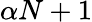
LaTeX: \alpha N+1